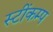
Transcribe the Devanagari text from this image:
स्टींकम्प